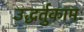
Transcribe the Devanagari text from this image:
उद्धर्तुकामः